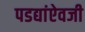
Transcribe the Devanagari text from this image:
पडद्यांऐवजी